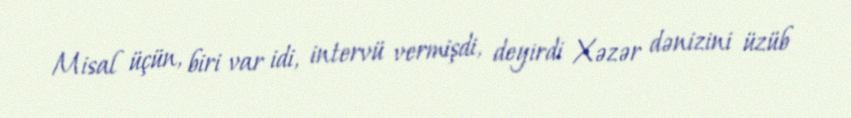
Misal üçün, biri var idi, intervü vermişdi, deyirdi Xəzər dənizini üzüb